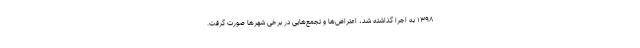
۱۳۹۸ به اجرا گذاشته شد، اعتراض‌ها و تجمع‌هایی در برخی شهرها صورت گرفت.